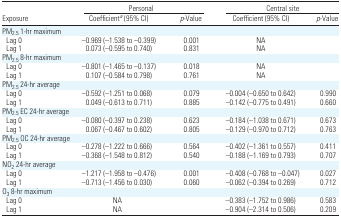
|  | <COLSPAN=2> Personal | <COLSPAN=2> Central site |
 | Exposure | Coefficienta (95% CI) | p-Value | Coefficient (95% CI) | p-Value |
 | --- | --- | --- | --- | --- |
 | <COLSPAN=5> PM2.5 1-hr maximum |
 | Lag 0 | −0.969 (−1.538 to −0.399) | 0.001 | NA |  |
 | Lag 1 | 0.073 (−0.595 to 0.740) | 0.831 | NA |  |
 | <COLSPAN=5> PM2.5 8-hr maximum |
 | Lag 0 | −0.801 (−1.465 to −0.137) | 0.018 | NA |  |
 | Lag 1 | 0.107 (−0.584 to 0.798) | 0.761 | NA |  |
 | <COLSPAN=5> PM2.5 24-hr average |
 | Lag 0 | −0.592 (−1.251 to 0.068) | 0.079 | −0.004 (−0.650 to 0.642) | 0.990 |
 | Lag 1 | 0.049 (−0.613 to 0.711) | 0.885 | −0.142 (−0.775 to 0.491) | 0.660 |
 | <COLSPAN=5> PM2.5 EC 24-hr average |
 | Lag 0 | −0.080 (−0.397 to 0.238) | 0.623 | −0.184 (−1.038 to 0.671) | 0.673 |
 | Lag 1 | 0.067 (−0.467 to 0.602) | 0.805 | −0.129 (−0.970 to 0.712) | 0.763 |
 | <COLSPAN=5> PM2.5 OC 24-hr average |
 | Lag 0 | −0.278 (−1.222 to 0.666) | 0.564 | −0.402 (−1.361 to 0.557) | 0.411 |
 | Lag 1 | −0.368 (−1.548 to 0.812) | 0.540 | −0.188 (−1.169 to 0.793) | 0.707 |
 | <COLSPAN=5> NO2 24-hr average |
 | Lag 0 | −1.217 (−1.958 to −0.476) | 0.001 | −0.408 (−0.768 to −0.047) | 0.027 |
 | Lag 1 | −0.713 (−1.456 to 0.030) | 0.060 | −0.062 (−0.394 to 0.269) | 0.712 |
 | <COLSPAN=5> O3 8-hr maximum |
 | Lag 0 | NA |  | −0.383 (−1.752 to 0.986) | 0.583 |
 | Lag 1 | NA |  | −0.904 (−2.314 to 0.506) | 0.209 |